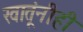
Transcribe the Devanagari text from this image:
खातूंनीही